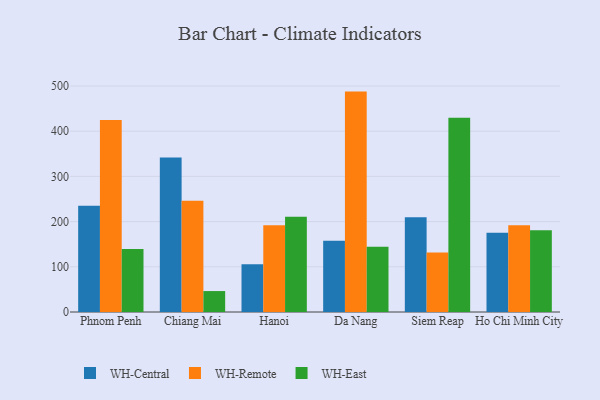
{"axis": {"x": "City", "y": "Production Output"}, "legend": ["WH-Central", "WH-East", "WH-Remote"], "data": [{"x": "Phnom Penh", "y": 235.1, "type": "WH-Central"}, {"x": "Phnom Penh", "y": 424.7, "type": "WH-Remote"}, {"x": "Phnom Penh", "y": 139.6, "type": "WH-East"}, {"x": "Chiang Mai", "y": 341.6, "type": "WH-Central"}, {"x": "Chiang Mai", "y": 246.2, "type": "WH-Remote"}, {"x": "Chiang Mai", "y": 46.3, "type": "WH-East"}, {"x": "Hanoi", "y": 105.4, "type": "WH-Central"}, {"x": "Hanoi", "y": 191.9, "type": "WH-Remote"}, {"x": "Hanoi", "y": 210.9, "type": "WH-East"}, {"x": "Da Nang", "y": 157.9, "type": "WH-Central"}, {"x": "Da Nang", "y": 487.6, "type": "WH-Remote"}, {"x": "Da Nang", "y": 144.3, "type": "WH-East"}, {"x": "Siem Reap", "y": 209.7, "type": "WH-Central"}, {"x": "Siem Reap", "y": 131.8, "type": "WH-Remote"}, {"x": "Siem Reap", "y": 430.0, "type": "WH-East"}, {"x": "Ho Chi Minh City", "y": 175.1, "type": "WH-Central"}, {"x": "Ho Chi Minh City", "y": 192.0, "type": "WH-Remote"}, {"x": "Ho Chi Minh City", "y": 181.0, "type": "WH-East"}]}